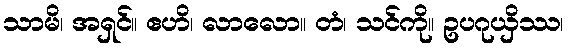
သာမိ၊ အရှင်။ ဧဟိ၊ လာလော။ တံ၊ သင်ကို။ ဥပဂုယှိဿ၊